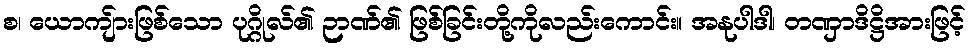
စ၊ ယောကျ်ားဖြစ်သော ပုဂ္ဂိုလ်၏ ဉာဏ်၏ ဖြစ်ခြင်းတို့ကိုလည်းကောင်း။ အနုပါဒါ၊ တဏှာဒိဋ္ဌိအားဖြင့်